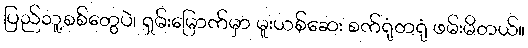
ပြည်သူ့စစ်တွေပဲ၊ ရှမ်းမြောက်မှာ မူးယစ်ဆေး စက်ရုံတရုံ ဖမ်းမိတယ်။